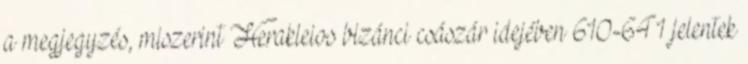
a megjegyzés, miszerint Herakleios bizánci császár idejében 610-641 jelentek